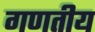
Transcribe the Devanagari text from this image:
गणतीय